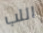
اللب